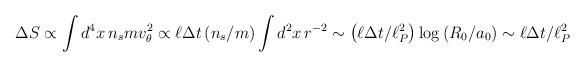
LaTeX: \begin{align*}\Delta S\propto \int d^{4}x\,n_{s}mv_{\theta }^{2}\propto \ell \Delta t\left( n_{s}/m\right) \int d^{2}x\,r^{-2}\sim \left( \ell \Delta t /\ell_{P}^{2} \right) \log \left( R_{0}/a_{0}\right) \sim \ell \Delta t /\ell_{P}^{2}\end{align*}